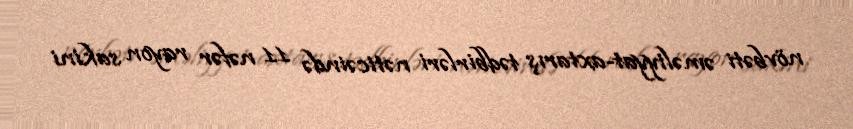
növbəti əməliyyat-axtarış tədbirləri nəticəində 11 nəfər rayon sakini